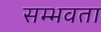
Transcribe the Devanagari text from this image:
सम्भवता